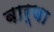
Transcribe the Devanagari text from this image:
बार्णा